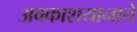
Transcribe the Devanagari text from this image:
अवकाशयानाचे